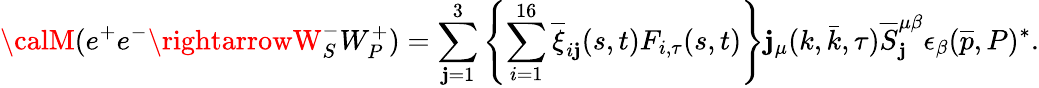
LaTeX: {\calM}(e^{+}e^{-}\rightarrowW_{S}^{-}W_{P}^{+})=\sum_{\mathbf{j}=1}^{3}\left\{ \sum_{i=1}^{16}\overline{{{{\xi}}}}_{i\mathbf{j}}(s,t)F_{i,\tau}(s,t)\right\} \mathbf{j}_{\mu}(k,\bar{{k}},\tau)\overline{{{{S}}}}_{\mathbf{j}}^{\mu\beta}\epsilon_{\beta}(\overline{{{{p}}}},P)^{\ast}.